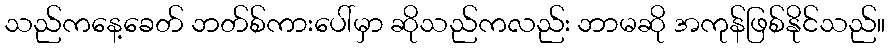
သည်ကနေ့ခေတ် ဘတ်စ်ကားပေါ်မှာ ဆိုသည်ကလည်း ဘာမဆို အကုန်ဖြစ်နိုင်သည်။